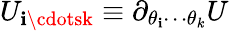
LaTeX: U_{\mathbf{i}\cdotsk}\equiv\partial_{\theta_{\mathbf{i}}\cdots\theta_{k}}U